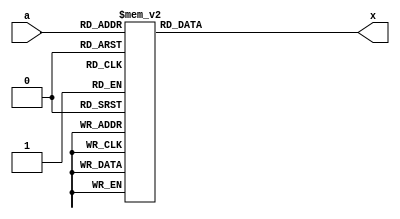
`timescale 1ns / 1ps
//////////////////////////////////////////////////////////////////////////////////
// Company: 
// Engineer: 
// 
// Design Name: 
// Module Name: dec
// Project Name: 
// Target Devices: 
// Tool Versions: 
// Description: 
// 
// Dependencies: 
// 
// Revision:
// Revision 0.01 - File Created
// Additional Comments:
// 
//////////////////////////////////////////////////////////////////////////////////


module dec( a, x);
    input[2:0] a;
    output reg[7:0] x;

    always @(a) begin
      case(a)
       3'b000: x <= 8'b00000001;
       3'b001: x <= 8'b00000010;
       3'b010: x <= 8'b00000100;
       3'b011: x <= 8'b00001000;
       3'b100: x <= 8'b00010000;
       3'b101: x <= 8'b00100000;
       3'b110: x <= 8'b01000000;
       3'b111: x <= 8'b10000000;
      endcase
    end
endmodule